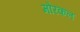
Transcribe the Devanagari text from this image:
मोरकल